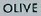
OLIVE